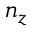
n _ { z }